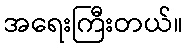
အရေးကြီးတယ်။